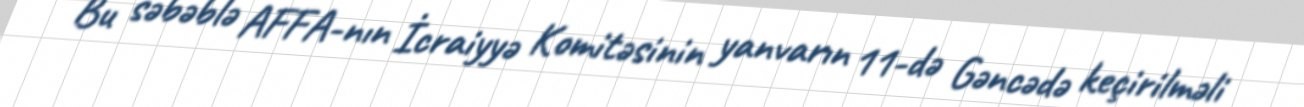
Bu səbəblə AFFA-nın İcraiyyə Komitəsinin yanvarın 11-də Gəncədə keçirilməli